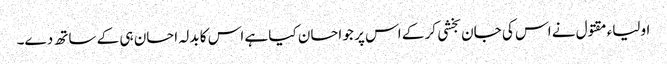
اولیاء مقتول نے اس کی جان بخشی کر کے اس پر جو احسان کیا ہے اس کا بدلہ احسان ہی کے ساتھ دے۔